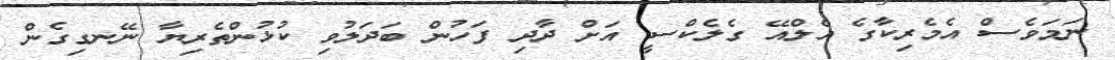
ނަމަވެސް އެމެރިކާގެ އެލްއޭ ގެލެކްސީ އަށް ދާދި ފަހުން ބަދަލުވި ކުޅުންތެރިޔާ ނޭނގިގެން